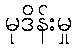
မုဒိန်းမှု